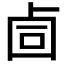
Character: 𰆅